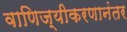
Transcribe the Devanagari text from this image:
वाणिज्यीकरणानंतर